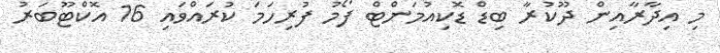
މި އިދާރާއިން ދޫކުރާ ބިޑް ޑޮކިއުމަންޓް ފޯމު ފުރިހަމަ ކުރައްވައި 16 އޮކްޓޫބަރު